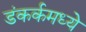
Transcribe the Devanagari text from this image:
डंकर्कमध्ये